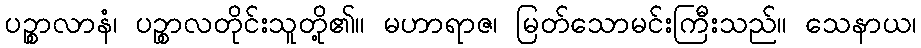
ပဉ္စာလာနံ၊ ပဉ္စာလတိုင်းသူတို့၏။ မဟာရာဇ၊ မြတ်သောမင်းကြီးသည်။ သေနာယ၊